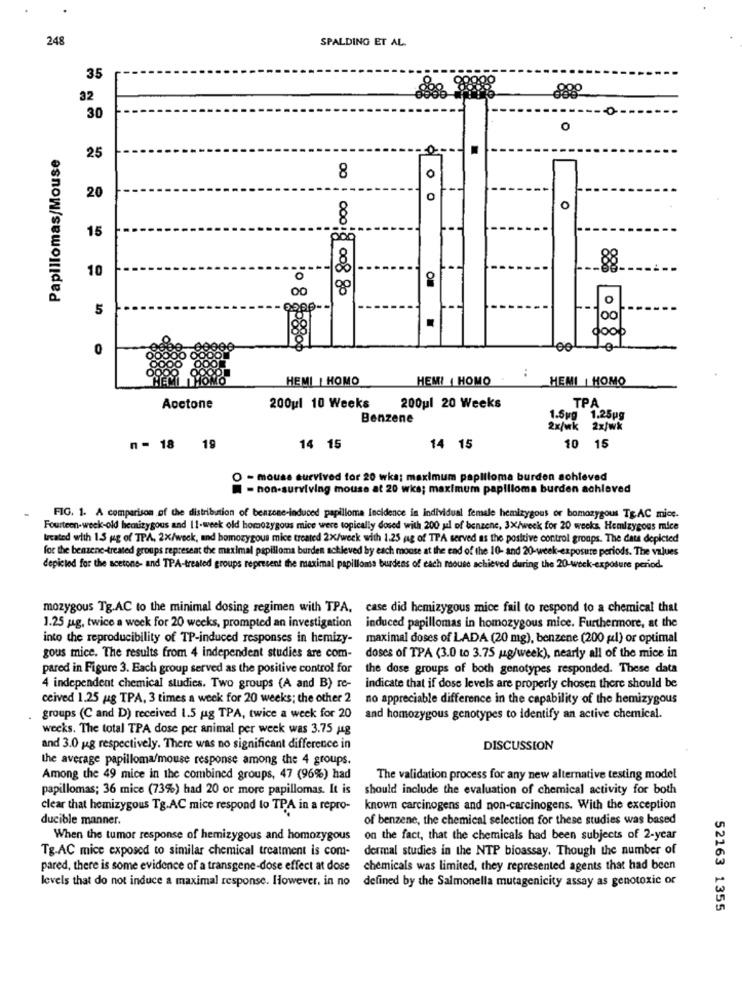
248
SPALDING ET AL.
35
32
30
0
Papillomas/Mouse
25
8
0
20
0
8
o
15
10
18
O
00
go
5
.
0 88
0 8 2-88
HEMI | HOMO
HEM! | HOMO
:
HEMI | HOMO
Aoctone
200ul 10 Weeks
200ul 20 Weeks
TPA
Benzene
1.5gg
1.25pg
2x/wk
2x/wk
n= 18 19
14 15
14 15
10
15
O - mouse survived for 20 wka; maximum papilloma burden achieved
- non-surviving mouse at 20 wis; maximum papilloma burden achieved
FIG. 1. A comparison of the distribution of benzone-induced papilloma Incidence in individual female hemizygous or homozygous TEAC mice.
Fourteen-week-old hemizygous and 11-week old homozygous mice were topically dosed with 200 ul of benzene, 3X/week for 20 weeks. Hemlzygous mice
treated with 1.5 gg of TPA, 2x/week, and homozygous mice treated 2X/week with 1.25 ag of TTA served as the positive control groups. The data depicted
for the benzene-treated groups represeat the maximal papilloma burden achieved by each mouse at the end of the 10- and 20-week-exposure periods. The values
depicted for the acetone- and TPA-treated groups represent the maximal papilloma burdens of each mouse achieved during the 20-week-exposure period.
mozygous Tg.AC to the minimal dosing regimen with TPA, case did hemizygous mice fail to respond to a chemical that
1.25 ug. twice a week for 20 weeks, prompted an investigation
induced papillomas in homozygous mice. Furthermore, at the
into the reproducibility of TP-induced responses in hemizy-
maximal doses of LADA (20 mg), benzene (200 gl) or optimal
gous mice. The results from 4 independent studies are com-
doses of TPA (3.0 to 3.75 mg/week), nearly all of the mice in
pared in Figure 3. Each group served as the positive control for
the dose groups of both genotypes responded. These data
4 independent chemical studies. Two groups (A and B) re-
indicate that if dose levels are properly chosen there should be
ceived 1.25 ug TPA, 3 times a week for 20 weeks; the other 2
no appreciable difference in the capability of the hemizygous
groups (C and D) received 1.5 ug TPA, twice a week for 20
and homozygous genotypes to identify an active chemical.
weeks. The total TPA dose per animal per week was 3.75 14g
and 3.0 gg respectively. There was no significant difference in
DISCUSSION
the average papilloma/mouse response among the 4 groups.
Among the 49 mice in the combined groups, 47 (96%) had
The validation process for any new alternative testing model
papillomas; 36 mice (73%) had 20 or more papillomas. It is
should include the evaluation of chemical activity for both
clear that hemizygous Tg.AC mice respond to TPA in a repro-
known carcinogens and non-carcinogens. With the exception
ducible manner.
of benzene, the chemical selection for these studies was based
When the tumor response of hemizygous and homozygous
on the fact, that the chemicals had been subjects of 2-year
Tg.AC mice exposed to similar chemical treatment is com-
dermal studies in the NTP bioassay, Though the number of
pared, there is some evidence of a transgene-dose effect at dose
chemicals was limited, they represented agents that had been
levels that do not induce a maximal response. However, in no
defined by the Salmonella mutagenicity assay as genotoxic or
52163 1355